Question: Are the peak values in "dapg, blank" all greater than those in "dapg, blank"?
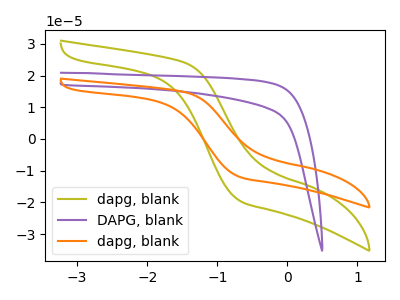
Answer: <think>The olive curve "dapg, blank" has no peaks. The purple curve "DAPG, blank" has no peaks. The orange curve "dapg, blank" has no peaks.</think>
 <answer>Niether CV has any peaks.</answer>
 <eval>blanks</eval>